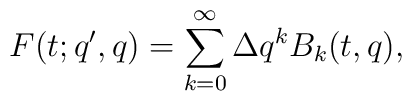
F(t;q',q)= \sum_{k=0}^{\infty} \Delta q^k B_k(t,q),